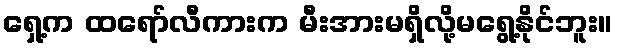
ရှေ့က ထရော်လီကားက မီးအားမရှိလို့မရွေ့နိုင်ဘူး။